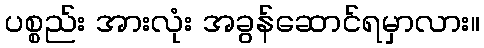
ပစ္စည်း အားလုံး အခွန်ဆောင်ရမှာလား။